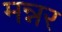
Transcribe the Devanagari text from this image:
मन्नर